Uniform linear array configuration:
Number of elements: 12
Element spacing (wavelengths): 0.5
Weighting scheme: kaiser
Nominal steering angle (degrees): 45
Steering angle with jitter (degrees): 44.895
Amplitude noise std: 0.05
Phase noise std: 0.05

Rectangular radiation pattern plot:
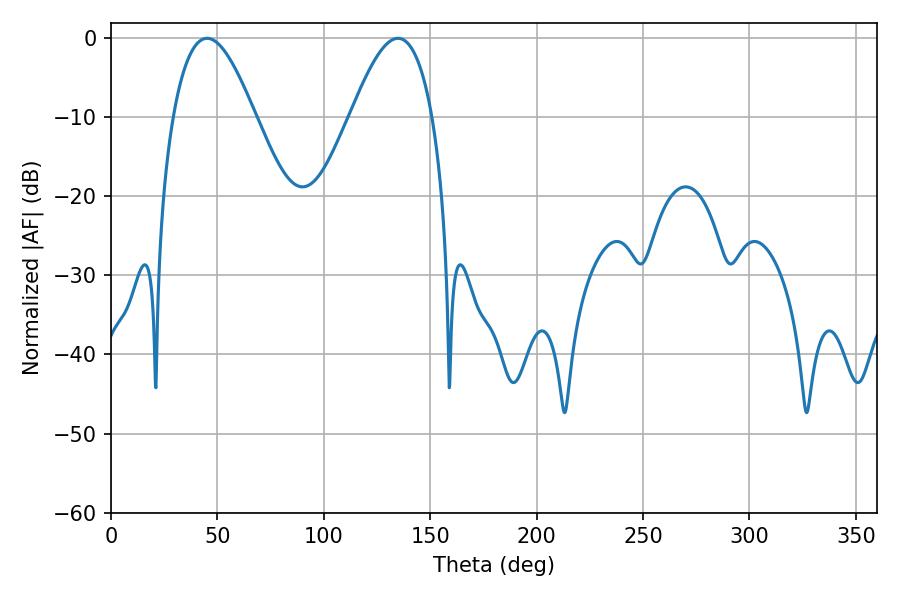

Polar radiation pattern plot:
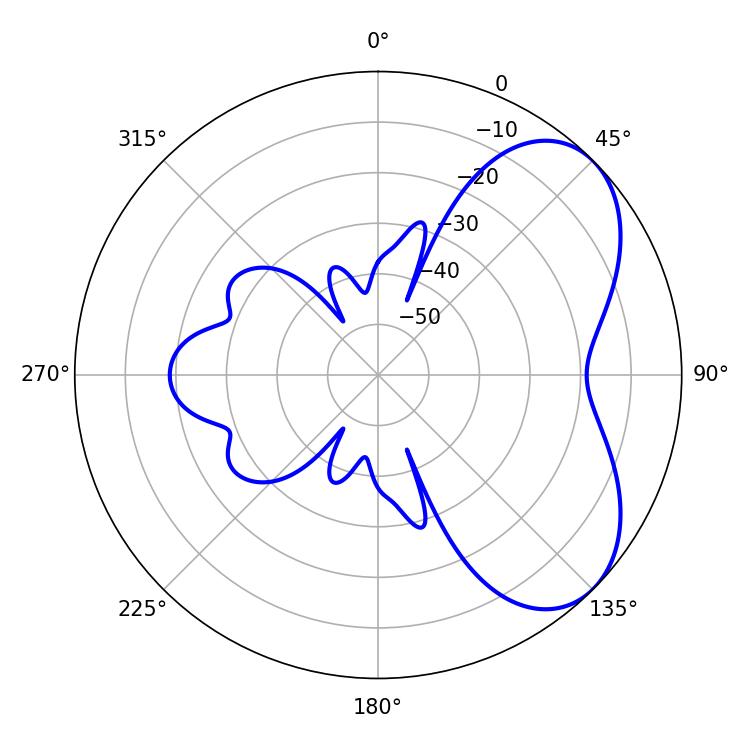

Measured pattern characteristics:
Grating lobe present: FALSE
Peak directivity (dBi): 5.408
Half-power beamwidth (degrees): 20.7
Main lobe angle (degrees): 45.18